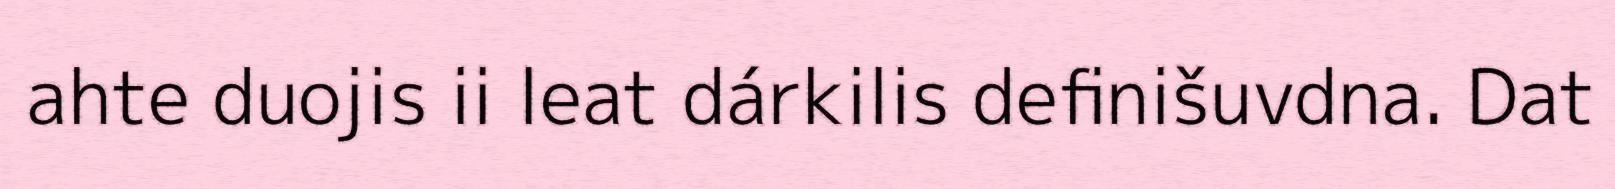
ahte duojis ii leat dárkilis definišuvdna. Dat